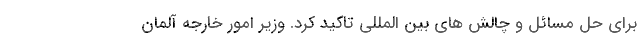
برای حل مسائل و چالش های بین المللی تاکید کرد. وزیر امور خارجه آلمان